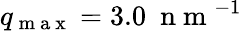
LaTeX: q_{\mathrm{~m~a~x~}}=3.0\ \mathrm{~n~m~}^{-1}